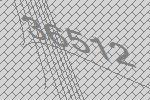
36512